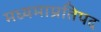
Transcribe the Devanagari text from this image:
मध्यमाप्रतिपद